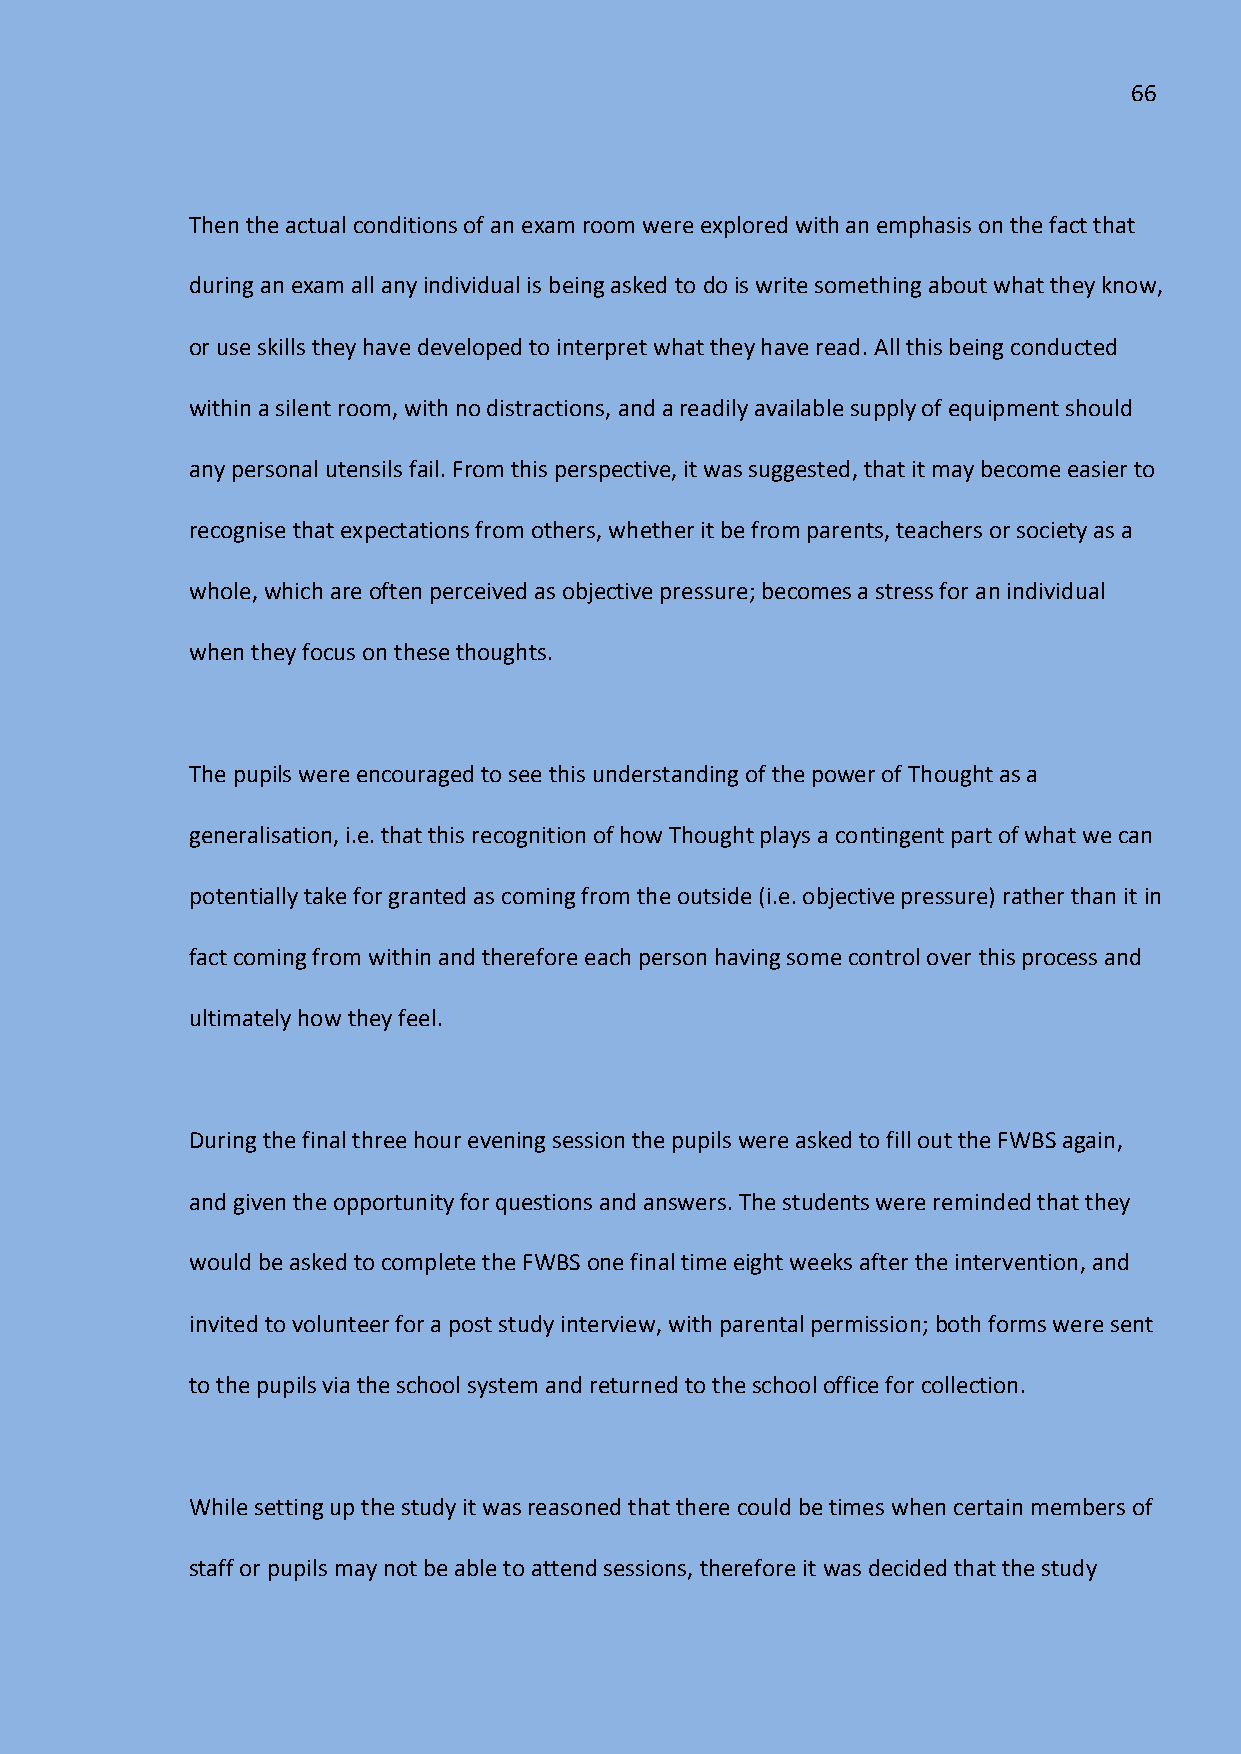
66
 Then the actual conditions of an exam room were explored with an emphasis on the fact that
 during an exam all any individual is being asked to do is write something about what they know,
 or use skills they have developed to interpret what they have read. All this being conducted
 within a silent room, with no distractions, and a readily available supply of equipment should
 any personal utensils fail. From this perspective, it was suggested, that it may become easier to
 recognise that expectations from others, whether it be from parents, teachers or society as a
 whole, which are often perceived as objective pressure; becomes a stress for an individual
 when they focus on these thoughts.
 The pupils were encouraged to see this understanding of the power of Thought as a
 generalisation, i.e. that this recognition of how Thought plays a contingent part of what we can
 potentially take for granted as coming from the outside (i.e. objective pressure) rather than it in
 fact coming from within and therefore each person having some control over this process and
 ultimately how they feel.
 During the final three hour evening session the pupils were asked to fill out the FWBS again,
 and given the opportunity for questions and answers. The students were reminded that they
 would be asked to complete the FWBS one final time eight weeks after the intervention, and
 invited to volunteer for a post study interview, with parental permission; both forms were sent
 to the pupils via the school system and returned to the school office for collection.
 While setting up the study it was reasoned that there could be times when certain members of
 staff or pupils may not be able to attend sessions, therefore it was decided that the study